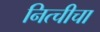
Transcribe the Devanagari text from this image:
नित्चीचा